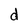
Character: d